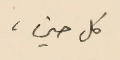
كل حين،